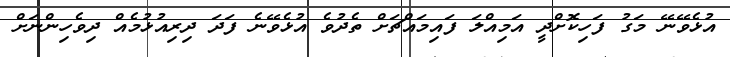
އުޅެވޭނޭ މަގު ފަހިކޮށްދީ އަމިއްލަ ފައިމައްޗަށް ތެދުވެ އުޅެވޭނެ ފަދަ ދިރިއުޅުމެއް ދިވެހިންނަށް